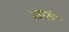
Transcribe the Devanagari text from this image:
मारुं